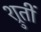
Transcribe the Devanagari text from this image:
श्रुतीं